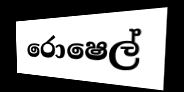
රොෂෙල්